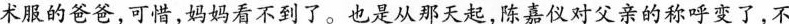
术服的爸爸，可惜，妈妈看不到了。也是从那天起，陈嘉仪对父亲的称呼变了，不